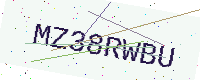
Text: MZ38RWBU